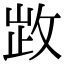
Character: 𢽗